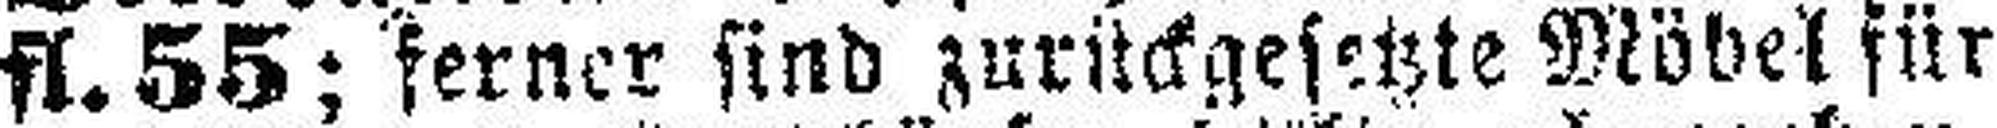
fl. 55; ferner sind zurückgesetzte Möbel für